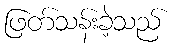
ဖြတ်သန်းခဲ့သည်